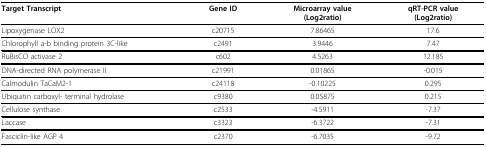
| Target Transcript | Gene ID | Microarray value(Log2ratio) | qRT-PCR value(Log2ratio) |
 | --- | --- | --- | --- |
 | Lipoxygenase LOX2 | c20715 | 7.86465 | 17.6 |
 | Chlorophyll a-b binding protein 3C-like | c2491 | 3.9446 | 7.47 |
 | RuBisCO activase 2 | c602 | 4.5263 | 12.185 |
 | DNA-directed RNA polymerase II | c21991 | 0.01865 | -0.015 |
 | Calmodulin TaCaM2-1 | c24118 | -0.10225 | 0.295 |
 | Ubiquitin carboxyl- terminal hydrolase | c9380 | 0.05875 | 0.215 |
 | Cellulose synthase | c2533 | -4.5911 | -7.37 |
 | Laccase | c3323 | -6.3722 | -7.31 |
 | Fasciclin-like AGP 4 | c2370 | -6.7035 | -9.72 |